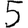
Digit: 5